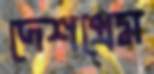
দেশপ্রেম